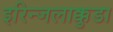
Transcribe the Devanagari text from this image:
इरिन्जलाक्कुडा